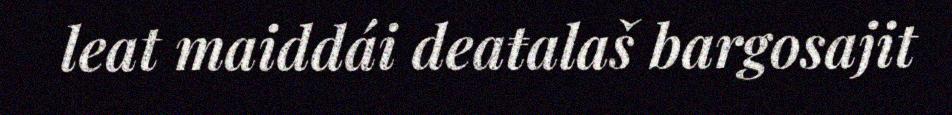
leat maiddái deaŧalaš bargosajit